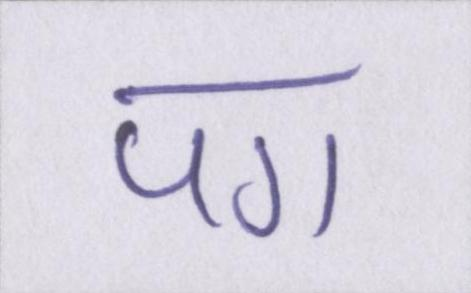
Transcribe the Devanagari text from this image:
पग